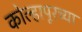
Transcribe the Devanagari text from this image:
कोल्हापूरच्‍या